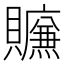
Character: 𰷛